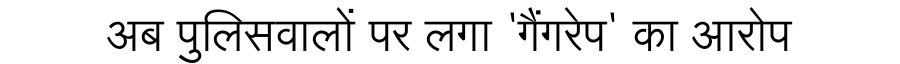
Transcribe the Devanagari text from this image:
अब पुलिसवालों पर लगा 'गैंगरेप' का आरोप